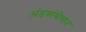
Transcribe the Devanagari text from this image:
अंडसंसेचन